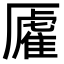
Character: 𫨡